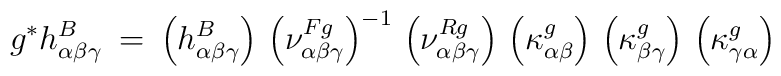
g^* h^B_{\alpha \beta \gamma} \: = \:\left( h^B_{\alpha \beta \gamma} \right) \,\left( \nu^{F g}_{\alpha \beta \gamma} \right)^{-1} \,\left( \nu^{R g}_{\alpha \beta \gamma} \right) \,\left( \kappa^g_{\alpha \beta} \right) \,\left( \kappa^g_{\beta \gamma} \right) \,\left( \kappa^g_{\gamma \alpha} \right)